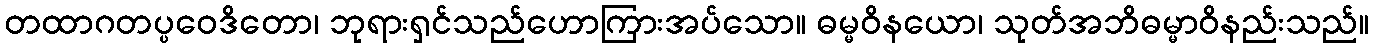
တထာဂတပ္ပဝေဒိတော၊ ဘုရားရှင်သည်ဟောကြားအပ်သော။ ဓမ္မဝိနယော၊ သုတ်အဘိဓမ္မာဝိနည်းသည်။